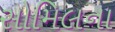
સોમિલના